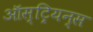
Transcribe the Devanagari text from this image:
ऑस्ट्रियन्स